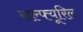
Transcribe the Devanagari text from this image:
सल्फ्यूरिल